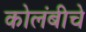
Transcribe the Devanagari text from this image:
कोलंबीचे